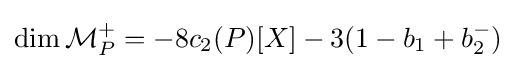
\dim {\mathcal {M}}_{P}^{+}=-8c_{2}(P)[X]-3(1-b_{1}+b_{2}^{-})